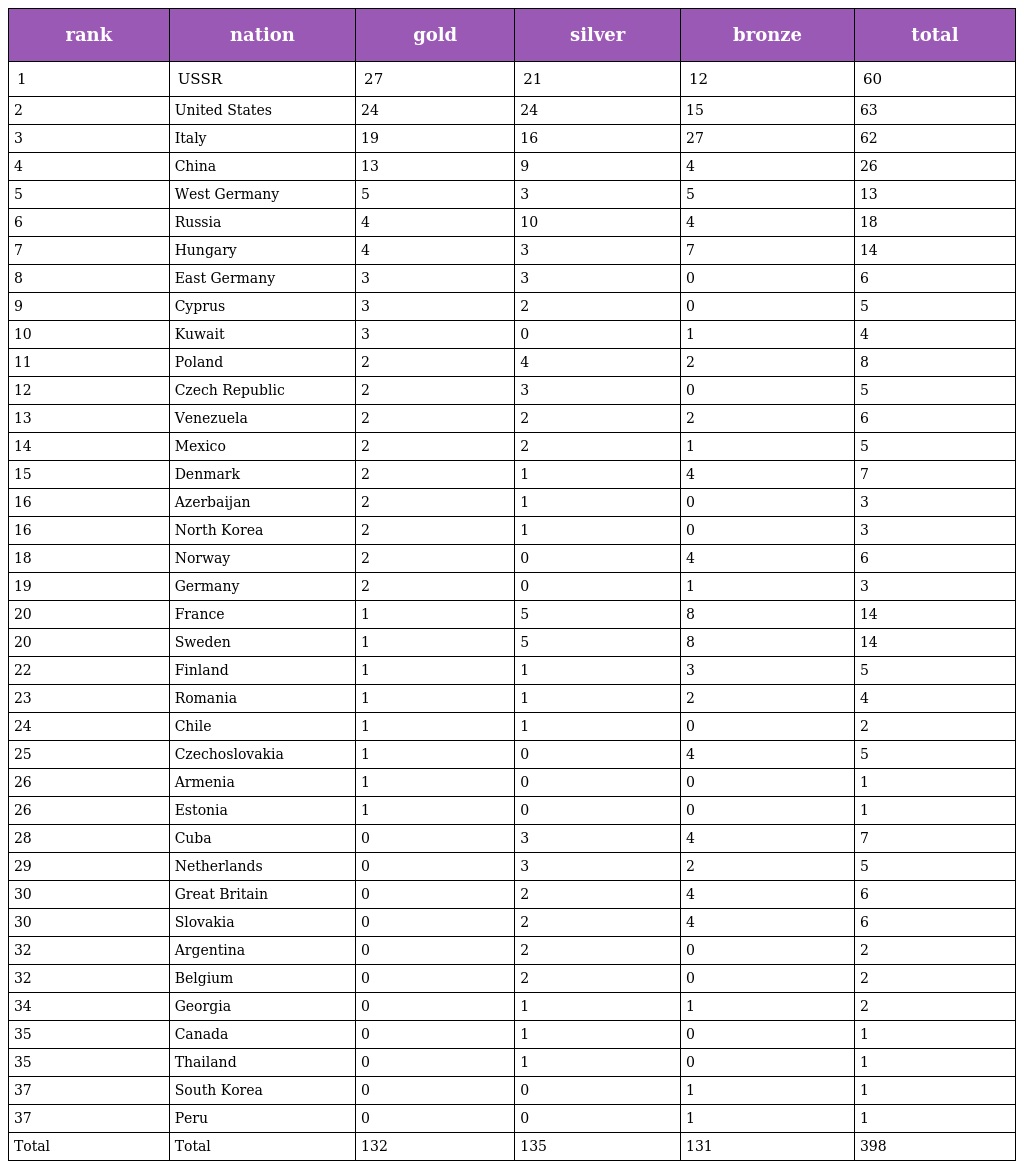
| rank | nation | gold | silver | bronze | total |
 | --- | --- | --- | --- | --- | --- |
 | 1 | USSR | 27 | 21 | 12 | 60 |
 | 2 | United States | 24 | 24 | 15 | 63 |
 | 3 | Italy | 19 | 16 | 27 | 62 |
 | 4 | China | 13 | 9 | 4 | 26 |
 | 5 | West Germany | 5 | 3 | 5 | 13 |
 | 6 | Russia | 4 | 10 | 4 | 18 |
 | 7 | Hungary | 4 | 3 | 7 | 14 |
 | 8 | East Germany | 3 | 3 | 0 | 6 |
 | 9 | Cyprus | 3 | 2 | 0 | 5 |
 | 10 | Kuwait | 3 | 0 | 1 | 4 |
 | 11 | Poland | 2 | 4 | 2 | 8 |
 | 12 | Czech Republic | 2 | 3 | 0 | 5 |
 | 13 | Venezuela | 2 | 2 | 2 | 6 |
 | 14 | Mexico | 2 | 2 | 1 | 5 |
 | 15 | Denmark | 2 | 1 | 4 | 7 |
 | 16 | Azerbaijan | 2 | 1 | 0 | 3 |
 | 16 | North Korea | 2 | 1 | 0 | 3 |
 | 18 | Norway | 2 | 0 | 4 | 6 |
 | 19 | Germany | 2 | 0 | 1 | 3 |
 | 20 | France | 1 | 5 | 8 | 14 |
 | 20 | Sweden | 1 | 5 | 8 | 14 |
 | 22 | Finland | 1 | 1 | 3 | 5 |
 | 23 | Romania | 1 | 1 | 2 | 4 |
 | 24 | Chile | 1 | 1 | 0 | 2 |
 | 25 | Czechoslovakia | 1 | 0 | 4 | 5 |
 | 26 | Armenia | 1 | 0 | 0 | 1 |
 | 26 | Estonia | 1 | 0 | 0 | 1 |
 | 28 | Cuba | 0 | 3 | 4 | 7 |
 | 29 | Netherlands | 0 | 3 | 2 | 5 |
 | 30 | Great Britain | 0 | 2 | 4 | 6 |
 | 30 | Slovakia | 0 | 2 | 4 | 6 |
 | 32 | Argentina | 0 | 2 | 0 | 2 |
 | 32 | Belgium | 0 | 2 | 0 | 2 |
 | 34 | Georgia | 0 | 1 | 1 | 2 |
 | 35 | Canada | 0 | 1 | 0 | 1 |
 | 35 | Thailand | 0 | 1 | 0 | 1 |
 | 37 | South Korea | 0 | 0 | 1 | 1 |
 | 37 | Peru | 0 | 0 | 1 | 1 |
 | Total | Total | 132 | 135 | 131 | 398 |